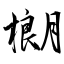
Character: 樃